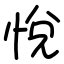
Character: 悅